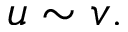
u \sim v .